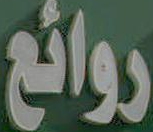
روائع